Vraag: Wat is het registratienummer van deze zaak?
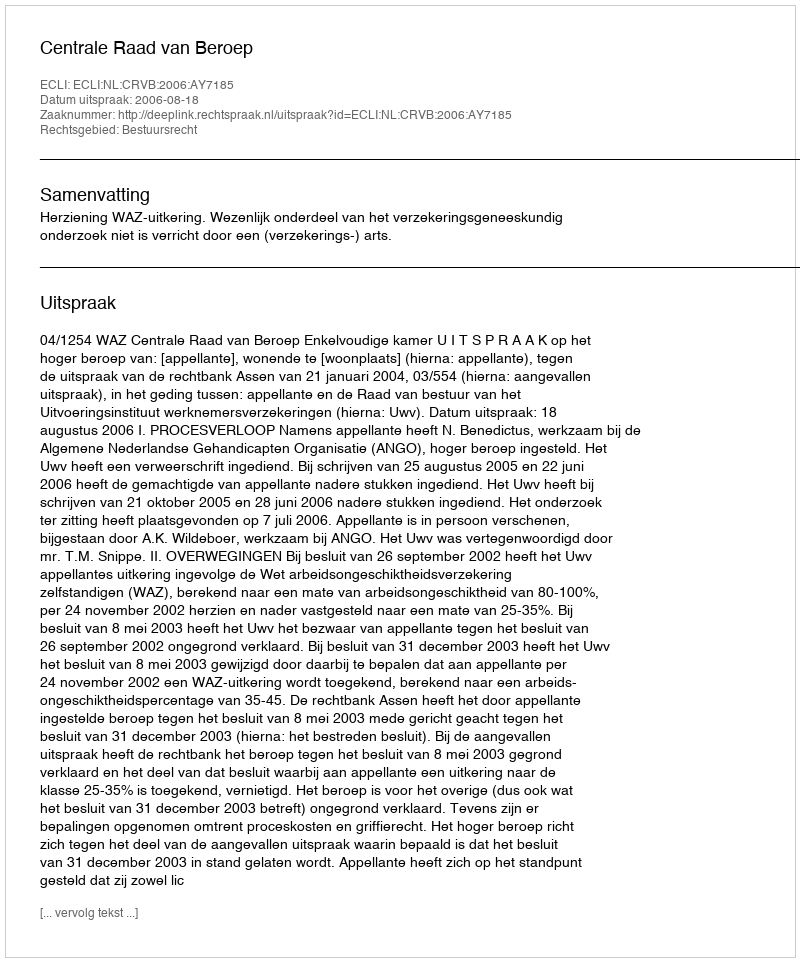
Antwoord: http://deeplink.rechtspraak.nl/uitspraak?id=ECLI:NL:CRVB:2006:AY7185